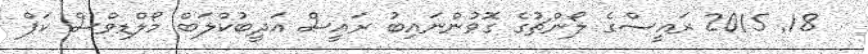
18